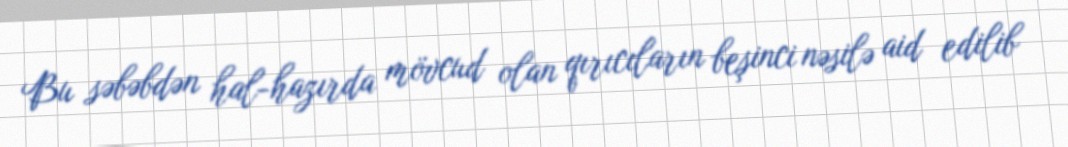
Bu səbəbdən hal-hazırda mövcud olan qırıcıların beşinci nəsilə aid edilib